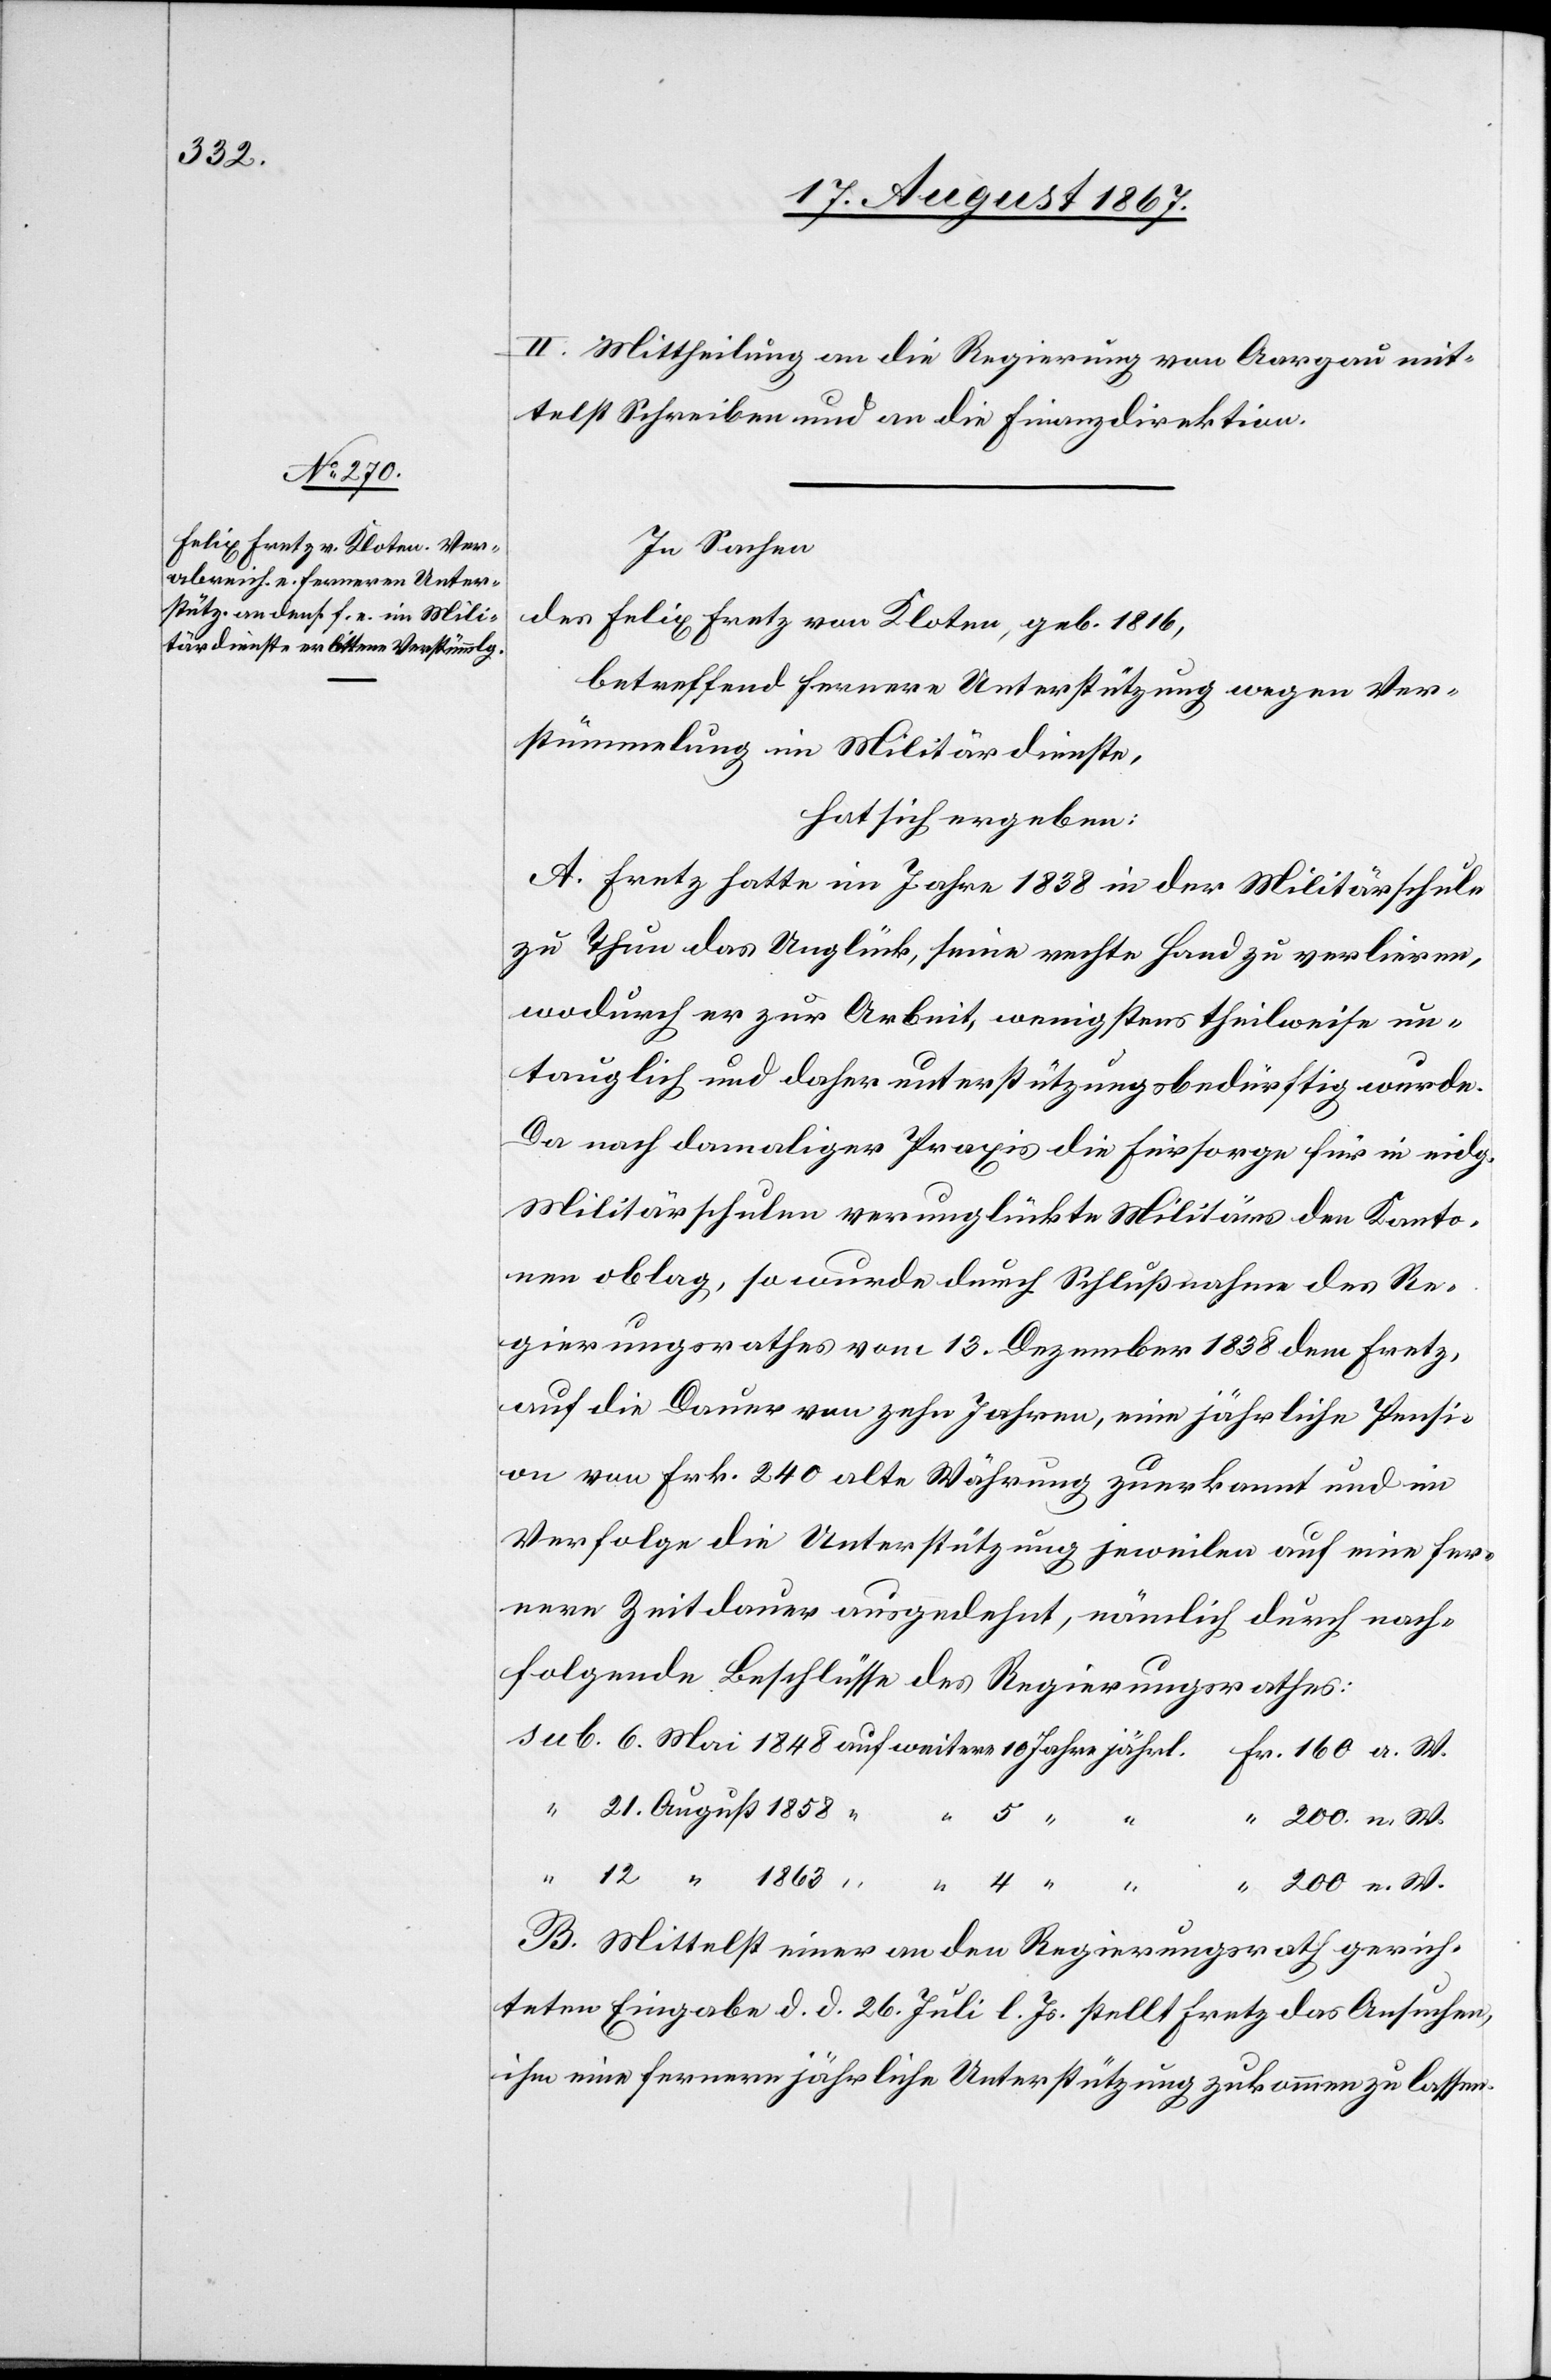
21. August 1858
II. Mittheilung an die Regierung von Aargau mit¬
telst Schreiben und an die Finanzdirektion.
In Sachen
des Felix Fretz von Kloten, geb. 1816,
betreffend fernere Unterstützung wegen Ver¬
stümmelung im Militärdienste,
hat sich ergeben:
A. Fretz hatte im Jahre 1838 in der Militärschule
zu Thun das Unglück, seine rechte Hand zu verlieren,
wodurch er zur Arbeit, wenigstens theilweise un¬
tauglich und daher unterstützungsbedürftig wurde.
Da nach damaliger Praxis die Fürsorge für in eidg.
Militärschulen verunglückte Militärs den Kanto¬
nen oblag, so wurde durch Schlußnahme des Re¬
gierungsrathes vom 13. Dezember 1838 dem Fretz,
auf die Dauer von zehn Jahren, eine jährliche Pensi¬
on von Frk. 240 alte Währung zuerkannt und im
Verfolge die Unterstützung jeweilen auf eine fer¬
nere Zeitdauer ausgedehnt, nämlich durch nach¬
folgende Beschlüsse des Regierungsrathes;
W.
B. Mittelst einer an den Regierungsrath gerich¬
teten Eingabe d. d. 26. Juli l. Js. stellt Fretz das Ansuchen,
ihm eine fernere jährliche Unterstützung zukommen zu lassen.